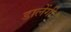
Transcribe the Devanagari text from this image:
डालेंगी।